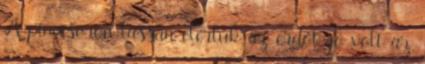
A pincesoron lassan elértük az erdőt, jó volt az